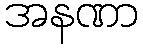
အနဏာ